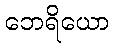
ဘေရိယော